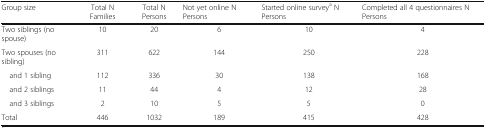
<table><thead><tr><td><b>Group size</b></td><td><b>Total N Families</b></td><td><b>Total N Persons</b></td><td><b>Not yet online N Persons</b></td><td><b>Started online survey<sup>a</sup> N Persons</b></td><td><b>Completed all 4 questionnaires N Persons</b></td></tr></thead><tbody><tr><td>Two siblings (no spouse)</td><td>10</td><td>20</td><td>6</td><td>10</td><td>4</td></tr><tr><td>Two spouses (no sibling)</td><td>311</td><td>622</td><td>144</td><td>250</td><td>228</td></tr><tr><td> and 1 sibling</td><td>112</td><td>336</td><td>30</td><td>138</td><td>168</td></tr><tr><td> and 2 siblings</td><td>11</td><td>44</td><td>4</td><td>12</td><td>28</td></tr><tr><td> and 3 siblings</td><td>2</td><td>10</td><td>5</td><td>5</td><td>0</td></tr><tr><td>Total</td><td>446</td><td>1032</td><td>189</td><td>415</td><td>428</td></tr></tbody></table>